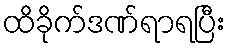
ထိခိုက်ဒဏ်ရာရပြီး